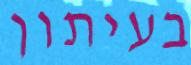
בעיתון